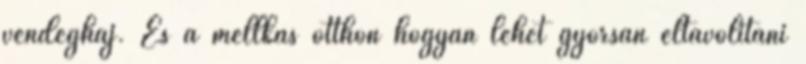
vendéghaj. És a mellkas otthon hogyan lehet gyorsan eltávolítani